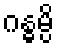
ဂန္ဓမ္ပိ